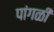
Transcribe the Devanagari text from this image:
पांगळी